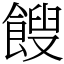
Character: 餿